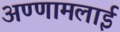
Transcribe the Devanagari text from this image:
अण्णामलाई